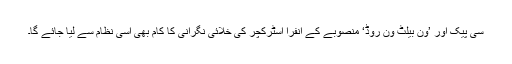
سی پیک اور ’ون بیلٹ ون روڈ‘ منصوبے کے انفرا اسٹرکچر کی خلائی نگرانی کا کام بھی اسی نظام سے لیا جائے گا۔